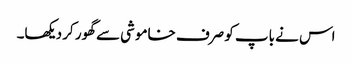
اس نے باپ کو صرف خاموشی سے گھور کر دیکھا۔